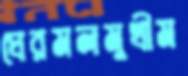
ঘেরমলমুখীম